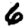
Digit: 6